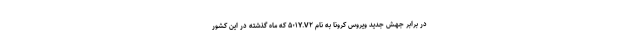
در برابر جهش جدید ویروس کرونا به نام ۵۰۱Y.V۲ که ماه گذشته در این کشور